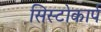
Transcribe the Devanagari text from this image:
सिस्टोकार्प